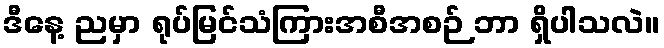
ဒီနေ့ ညမှာ ရုပ်မြင်သံကြားအစီအစဉ် ဘာ ရှိပါသလဲ။